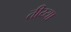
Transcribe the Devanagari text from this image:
तीय्या